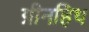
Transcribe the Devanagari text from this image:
ग्रीनहिथ